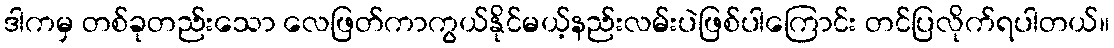
ဒါကမှ တစ်ခုတည်းသော လေဖြတ်ကာကွယ်နိုင်မယ့်နည်းလမ်းပဲဖြစ်ပါကြောင်း တင်ပြလိုက်ရပါတယ်။